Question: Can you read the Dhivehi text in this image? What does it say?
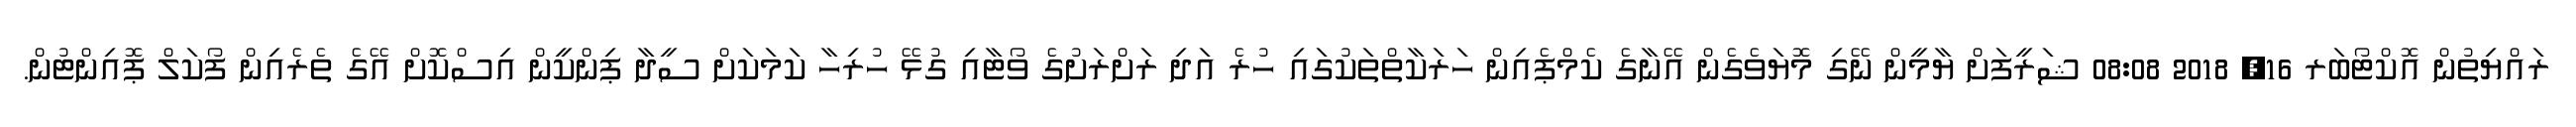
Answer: ރައްޔިތުން އޮކްޓޯބަރ 16, 2018 08:08 ޝަރީފަށް ޔާމީން ނޭގި މޮޔަވެގެން އޭނާގެ ކެމްޕެއިން ހަރަކާތްތަކުގައި ހުރެ އަދި ރަށްރަށުގެ ވޯޓާއި ގުޅޭ ހުރިހާ ކަމަކަށް ސީދާ ޕިންކީން އިސްކޮށް އޭގެ ތެރެއިން ފޯކަލް ޕޮއިންޓުން.